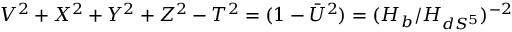
V ^ { 2 } + X ^ { 2 } + Y ^ { 2 } + Z ^ { 2 } - T ^ { 2 } = ( 1 - \bar { U } ^ { 2 } ) = ( H _ { b } / H _ { d S ^ { 5 } } ) ^ { - 2 }